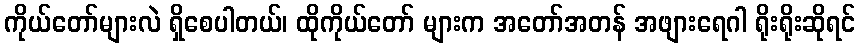
ကိုယ်တော်များလဲ ရှိစေပါတယ်၊ ထိုကိုယ်တော် များက အတော်အတန် အဖျားရေဂါ ရိုးရိုးဆိုရင်